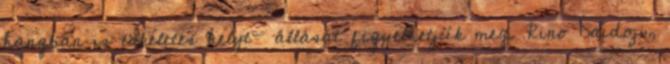
hangban is tökéletes helyt- állását figyelhetjük meg. Rino Daidoji,